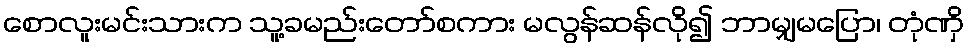
စောလူးမင်းသားက သူ့ခမည်းတော်စကား မလွန်ဆန်လို၍ ဘာမျှမပြော၊ တုံဏှိ